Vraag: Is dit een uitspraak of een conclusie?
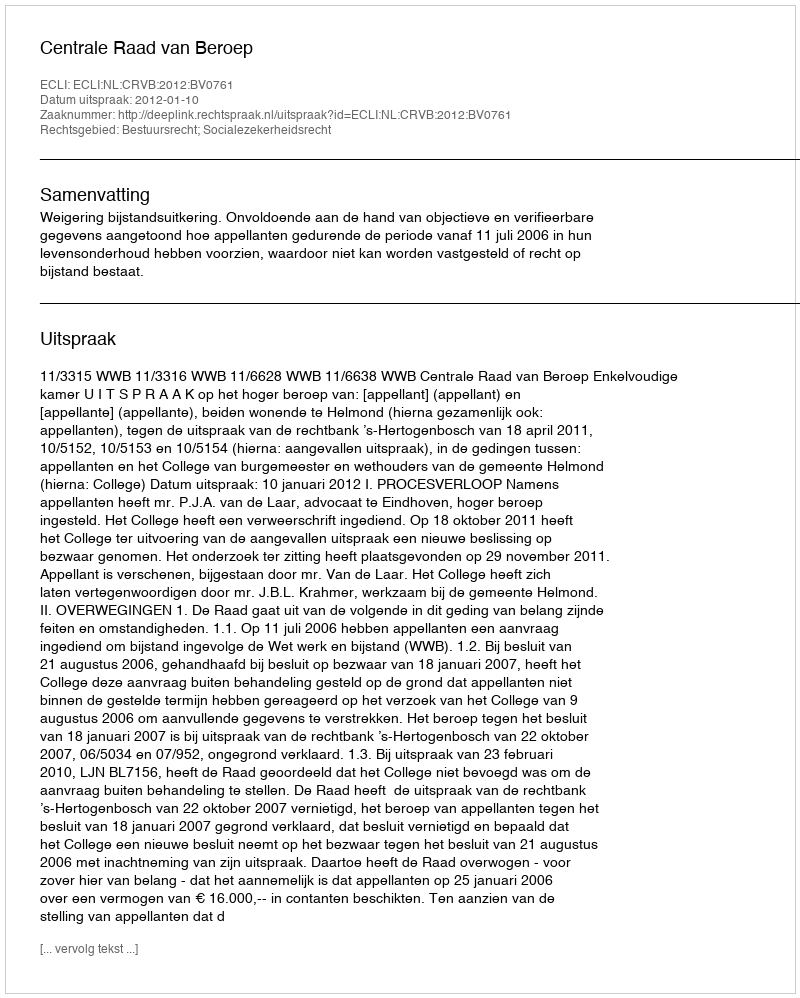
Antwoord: Uitspraak